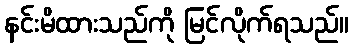
နင်းမိထားသည်ကို မြင်လိုက်ရသည်။